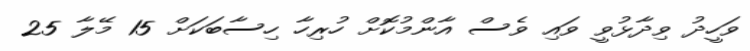
ވަހީދު ވިދާޅުވީ ވައި ވެސް އާންމުކޮށް ހުރިހާ ހިސާބަކަށް 15 މޭލާ 25